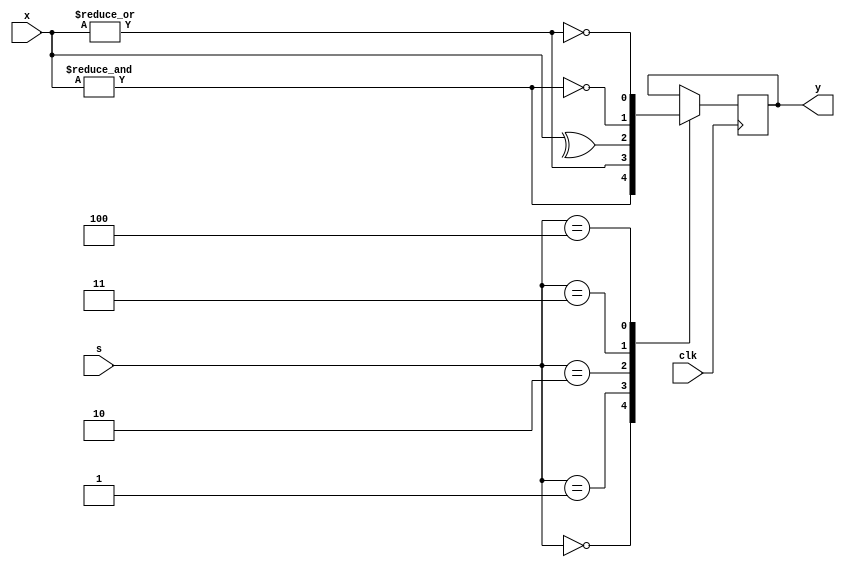
`timescale 1ns / 1ps
//////////////////////////////////////////////////////////////////////////////////
// Company: 
// Engineer: 
// 
// Design Name: 
// Module Name:    Problem3 
// Project Name: 
// Target Devices: 
// Tool versions: 
// Description: 
//
// Dependencies: 
//
// Revision: 
// Revision 0.01 - File Created
// Additional Comments: 
//
//////////////////////////////////////////////////////////////////////////////////
module Problem3(
   input wire[3:0] x,
   input wire[2:0] s,
   output reg y,
	input wire clk
   );
always @(posedge clk) begin
	case(s) //Use a case statement with the selector "s"
		3'b000:	y = & x; //If s = 0 then use a reductive and on x into y
		3'b001:	y = | x; //etc...
		3'b010:	y = ^ x; 
		3'b011:	y = ~& x; 
		3'b100:	y = ~| x; 	
	endcase
end
endmodule